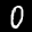
Label: 0